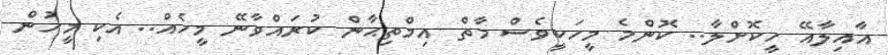
އާއިލާއޭ ހީކޮށްލާ.. ކޮންމެ މީހަކީވެސް މާތް އިމްތިޙާން ކުރައްވާނޭ މީހެއް.. އެކި މީހުން